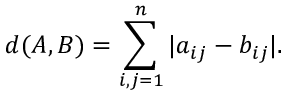
d ( A , B ) = \sum _ { i , j = 1 } ^ { n } \vert a _ { i j } - b _ { i j } \vert .